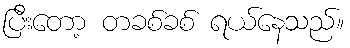
ပြီးတော့ တခစ်ခစ် ရယ်နေသည်။